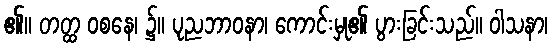
၏။ တတ္ထ ဝစနေ၊ ၌။ ပုညဘာဝနာ၊ ကောင်းမှု၏ ပွားခြင်းသည်။ ဝါသနာ၊